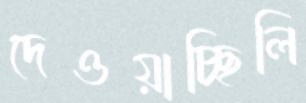
দেওয়াচ্ছিলি